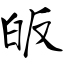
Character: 皈